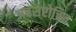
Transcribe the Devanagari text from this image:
अवसरोचित